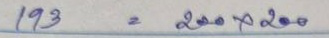
192 = 200 x 200